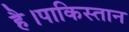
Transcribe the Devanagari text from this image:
है।पाकिस्तान